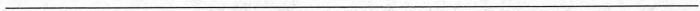
___